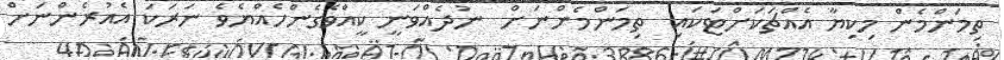
ތިމަންމެން މިކިޔާ އެއްޗަކަށްޓަކައި  ތިމަންމެންނަށް  ނުދެއްވަނީ ކީއްވެގެންހެއްޔެވެ ނަރަކަ އެއުރެންނަށް